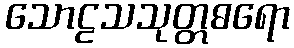
သောဠသသုတ္တဓရော